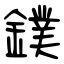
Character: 鏷